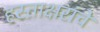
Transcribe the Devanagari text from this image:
हस्ताक्षरांचे